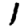
Digit: 1